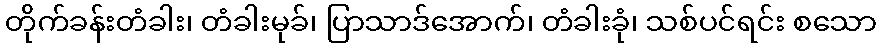
တိုက်ခန်းတံခါး၊ တံခါးမုခ်၊ ပြာသာဒ်အောက်၊ တံခါးခုံ၊ သစ်ပင်ရင်း စသော